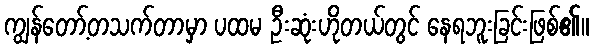
ကျွန်တော့်တသက်တာမှာ ပထမ ဦးဆုံးဟိုတယ်တွင် နေရဘူးခြင်းဖြစ်၏။